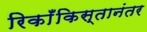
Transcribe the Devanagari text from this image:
रिकाँकिस्तानंतर